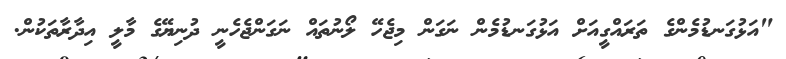
"އަޅުގަނޑުމެންގެ ތަރައްގީއަށް އަޅުގަނޑުމެން ނަގަން މިޖެހޭ ލޯނުތައް ނަގަންޖެހެނީ ދުނިޔޭގެ މާލީ އިދާރާތަކުން.